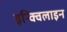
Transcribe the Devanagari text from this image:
इन्क्विलाइन